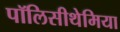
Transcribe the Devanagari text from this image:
पॉलिसीथेमिया